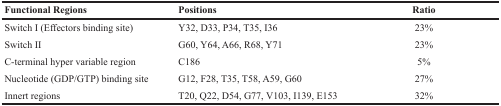
| Functional Regions | Positions | Ratio |
 | --- | --- | --- |
 | Switch I (Effectors binding site) | Y32, D33, P34, T35, I36 | 23% |
 | Switch II | G60, Y64, A66, R68, Y71 | 23% |
 | C-terminal hyper variable region | C186 | 5% |
 | Nucleotide (GDP/GTP) binding site | G12, F28, T35, T58, A59, G60 | 27% |
 | Innert regions | T20, Q22, D54, G77, V103, I139, E153 | 32% |